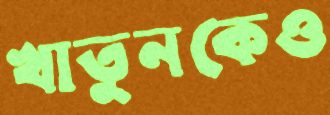
খাতুনকেও